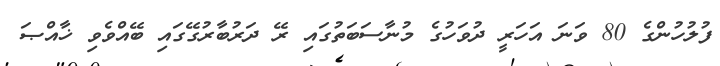
ފުލުހުންގެ 80 ވަނަ އަހަރީ ދުވަހުގެ މުނާސަބަތުގައި ރޭ ދަރުބާރުގޭގައި ބޭއްވެވި ޚާއްޞަ